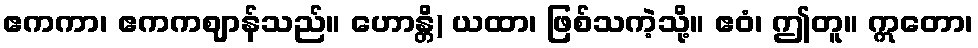
ဧကကာ၊ ဧကကဈာန်သည်။ ဟောန္တိ) ယထာ၊ ဖြစ်သကဲ့သို့။ ဧဝံ၊ ဤတူ။ ဣတော၊